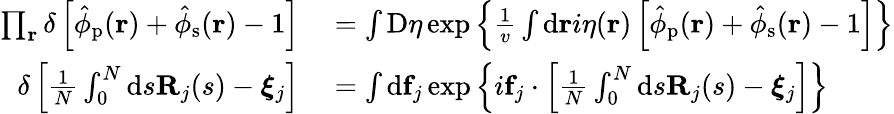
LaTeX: \begin{array}{rl}{\prod_{\mathbf{r}}\delta\left[\hat{\phi}_{\mathrm{p}}(\mathbf{r})+\hat{\phi}_{\mathrm{s}}(\mathbf{r})-1\right]}&{{}=\int\mathrm{D}\eta\exp\left\{ \frac{1}{v}\int\mathrm{d}\mathbf{r}i\eta(\mathbf{r})\left[\hat{\phi}_{\mathrm{p}}(\mathbf{r})+\hat{\phi}_{\mathrm{s}}(\mathbf{r})-1\right]\right\} }\\ {\delta\left[\frac{1}{N}\int_{0}^{N}\mathrm{d}s\mathbf{R}_{j}(s)-\boldsymbol{\xi}_{j}\right]}&{{}=\int\mathrm{d}\mathbf{f}_{j}\exp\left\{ i\mathbf{f}_{j}\cdot\left[\frac{1}{N}\int_{0}^{N}\mathrm{d}s\mathbf{R}_{j}(s)-\boldsymbol{\xi}_{j}\right]\right\} }\end{array}